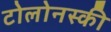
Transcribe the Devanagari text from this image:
टोलोनस्की